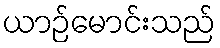
ယာဉ်မောင်းသည်